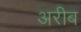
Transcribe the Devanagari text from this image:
अरीब